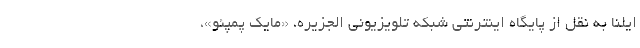
ایلنا به نقل از پایگاه اینترنتی شبکه تلویزیونی الجزیره، «مایک پمپئو»،